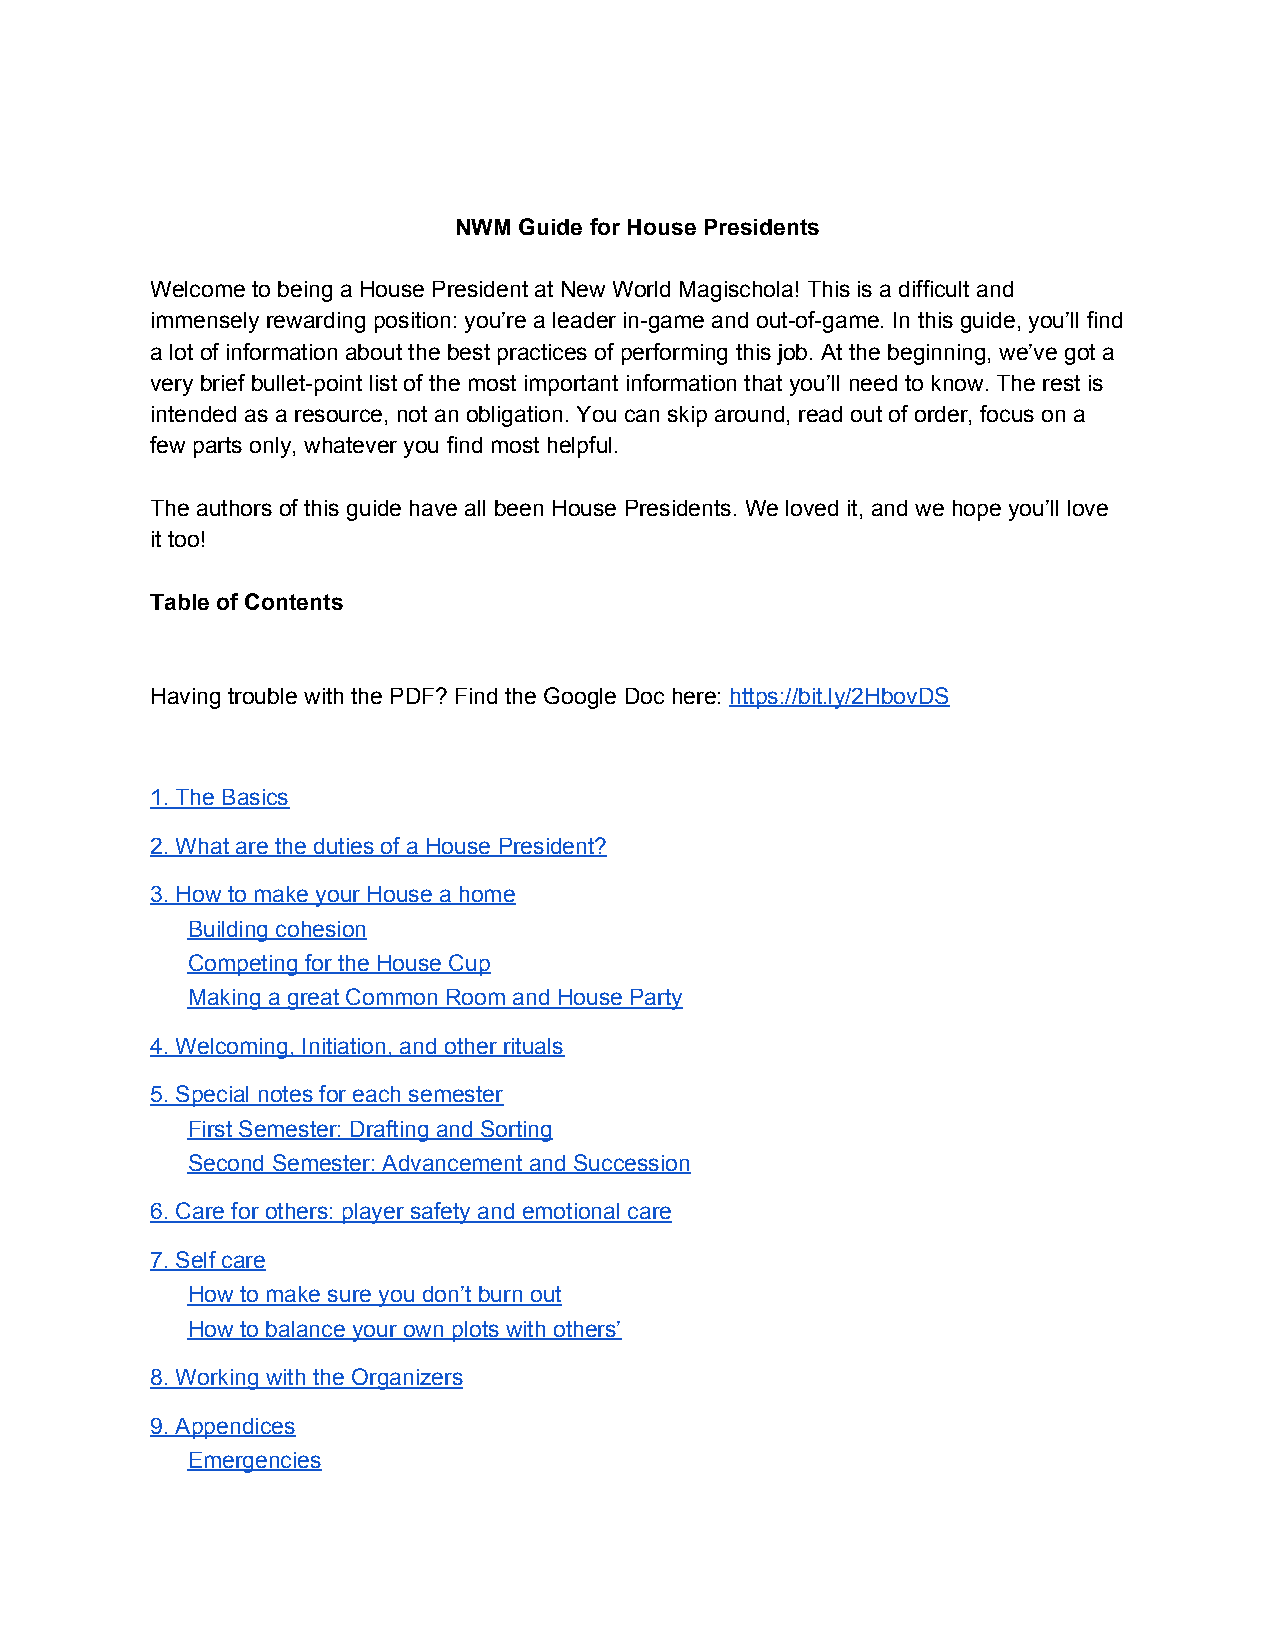
NWM Guide for House Presidents
 Welcome to being a House President at New World Magischola! This is a difficult and
 immensely rewarding position: you’re a leader in-game and out-of-game. In this guide, you’ll find
 a lot of information about the best practices of performing this job. At the beginning, we’ve got a
 very brief bullet-point list of the most important information that you’ll need to know. The rest is
 intended as a resource, not an obligation. You can skip around, read out of order, focus on a
 few parts only, whatever you find most helpful.
 The authors of this guide have all been House Presidents. We loved it, and we hope you’ll love
 it too!
 Table of Contents
 Having trouble with the PDF? Find the Google Doc here: https://bit.ly/2HbovDS
 ​
 1. The Basics
 2. What are the duties of a House President?
 3. How to make your House a home
 Building cohesion
 Competing for the House Cup
 Making a great Common Room and House Party
 4. Welcoming, Initiation, and other rituals
 5. Special notes for each semester
 First Semester: Drafting and Sorting
 Second Semester: Advancement and Succession
 6. Care for others: player safety and emotional care
 7. Self care
 How to make sure you don’t burn out
 How to balance your own plots with others’
 8. Working with the Organizers
 9. Appendices
 ​
 Emergencies